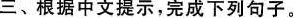
三、根据中文提示，完成下列句子。